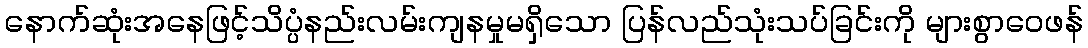
နောက်ဆုံးအနေဖြင့်သိပ္ပံနည်းလမ်းကျနမှုမရှိသော ပြန်လည်သုံးသပ်ခြင်းကို များစွာဝေဖန်